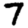
Digit: 7